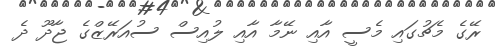
ރޭގެ މެޗުގައި މެސީ އާއި ނޭމާ އާއި ލުއިސް ސުއަރޭޒްގެ ޖާދޫ ދެ